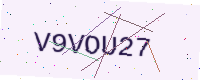
Text: V9VOU27